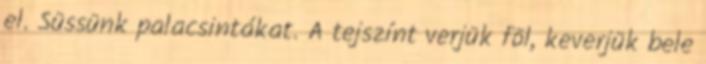
el. Süssünk palacsintákat. A tejszínt verjük föl, keverjük bele